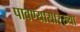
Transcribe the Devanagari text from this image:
पावण्यासारख्या